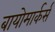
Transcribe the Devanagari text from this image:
बायोमार्कर्स